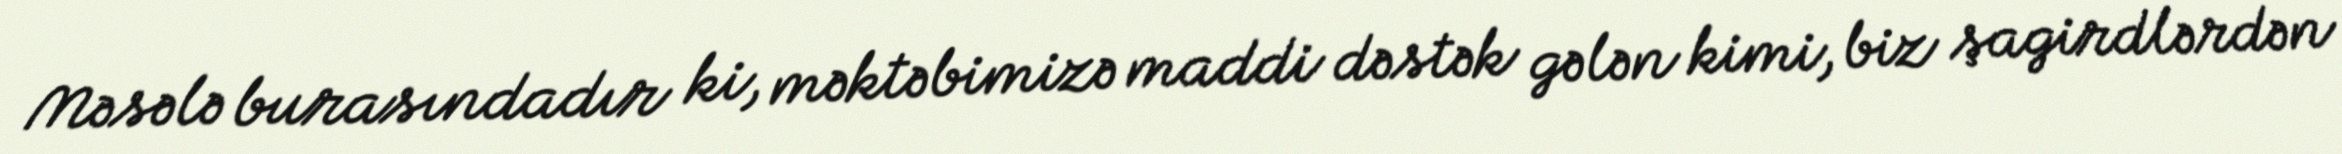
Məsələ burasındadır ki, məktəbimizə maddi dəstək gələn kimi, biz şagirdlərdən